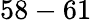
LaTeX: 58-61